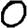
Digit: 0